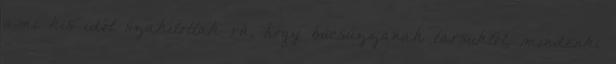
ami kis időt szakítottak rá, hogy búcsúzzanak társuktól, mindenki